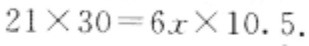
$21\times30 = 6x\times10.5$